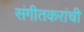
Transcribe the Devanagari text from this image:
संगीतकरांची